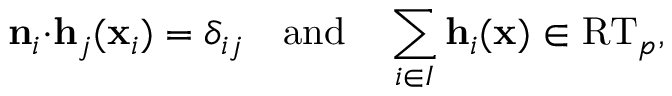
\mathbf { n } _ { i } { \cdot } \mathbf { h } _ { j } ( \mathbf { x } _ { i } ) = \delta _ { i j } \quad \mathrm { a n d } \quad \sum _ { i \in I } \mathbf { h } _ { i } ( \mathbf { x } ) \in \mathrm { R T } _ { p } ,